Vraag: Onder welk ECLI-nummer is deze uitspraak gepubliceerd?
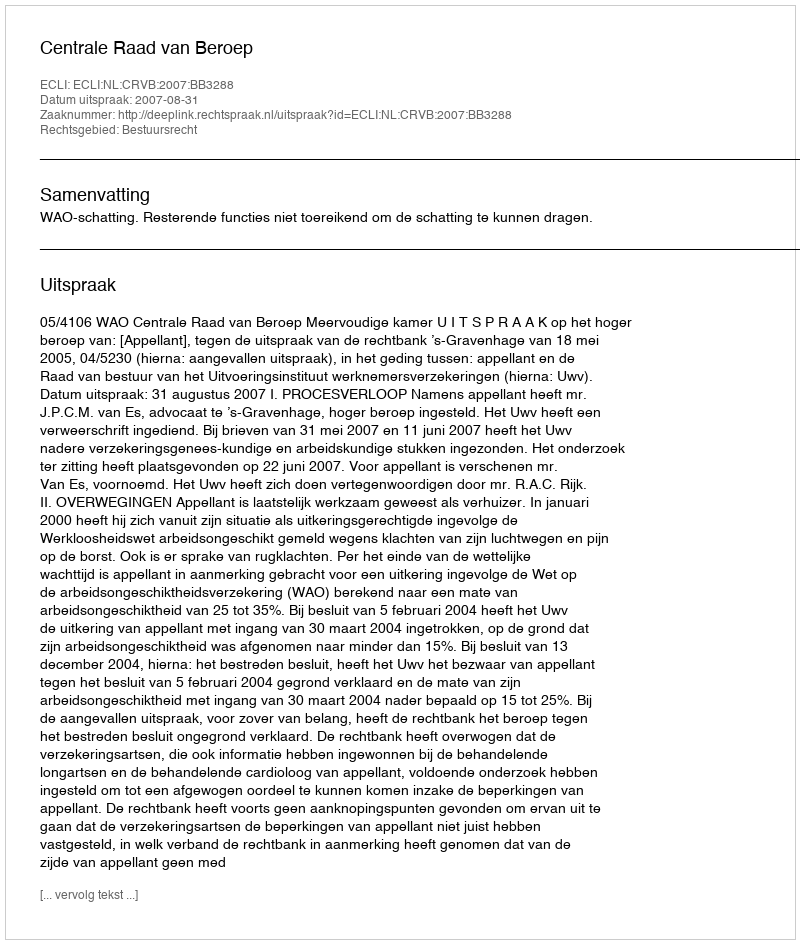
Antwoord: ECLI:NL:CRVB:2007:BB3288